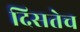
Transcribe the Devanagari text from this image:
दिसतेच